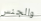
والجنس